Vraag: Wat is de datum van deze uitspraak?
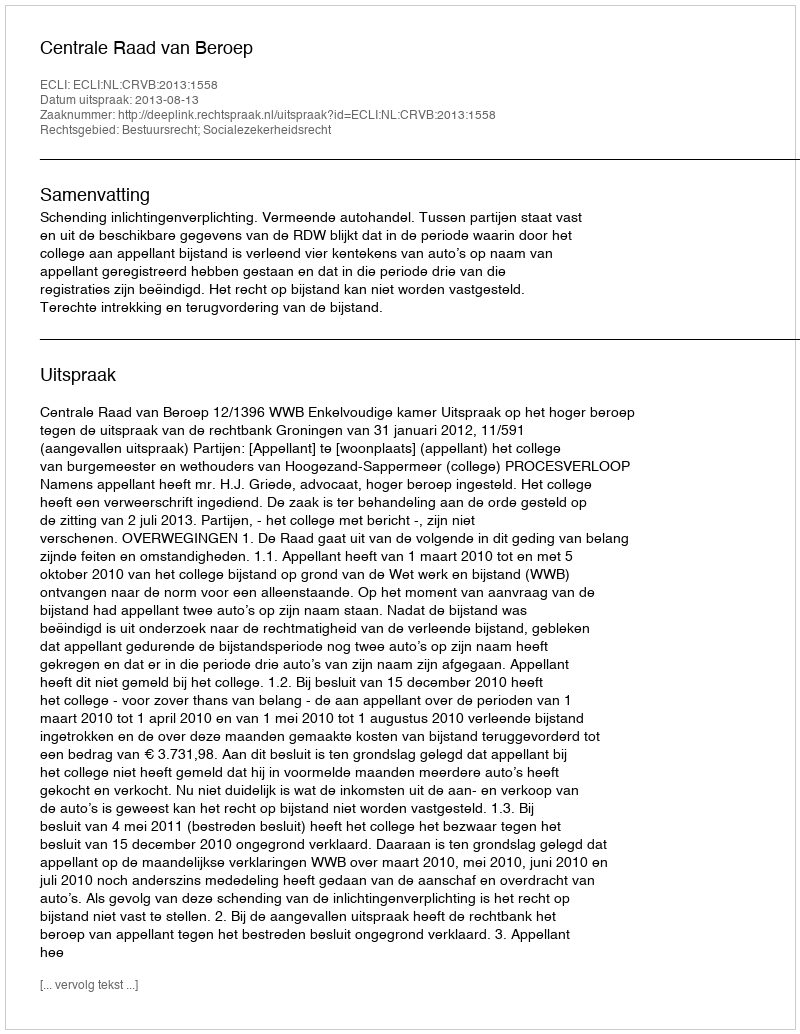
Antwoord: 2013-08-13